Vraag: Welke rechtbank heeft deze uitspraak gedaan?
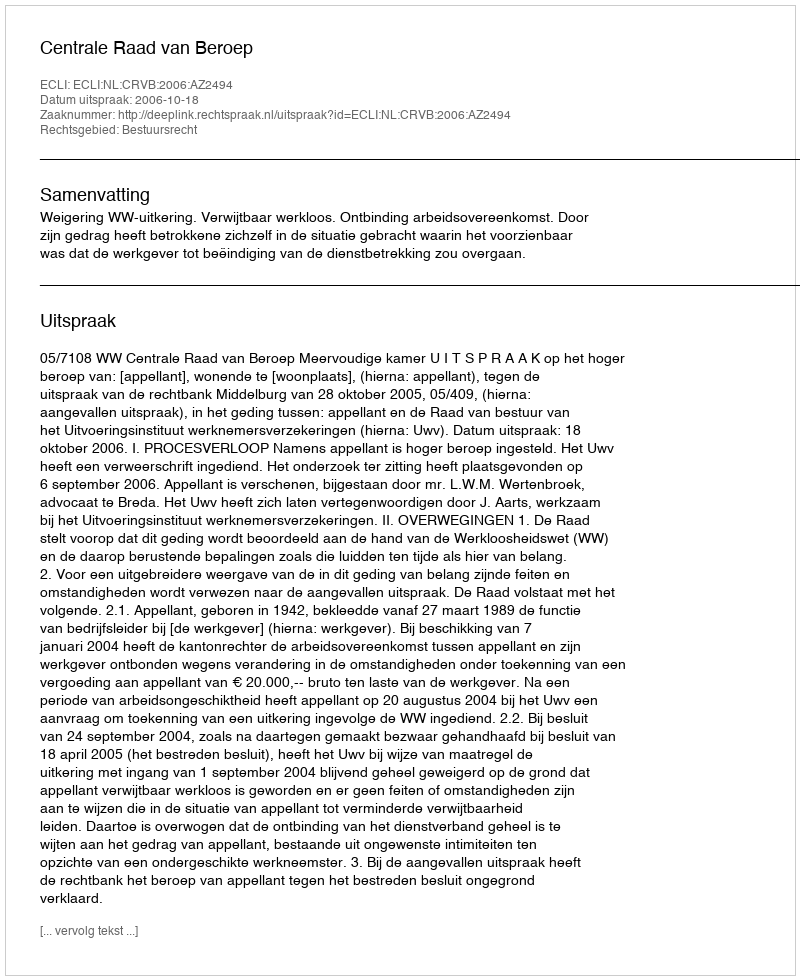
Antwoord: Centrale Raad van Beroep